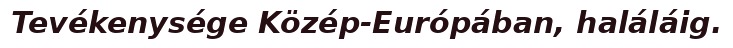
Tevékenysége Közép-Európában, haláláig.